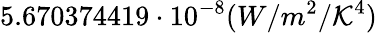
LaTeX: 5.670374419\cdot10^{-8}(W/m^{2}/\mathcal{K}^{4})